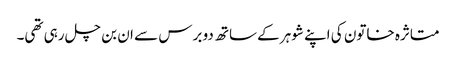
متاثرہ خاتون کی اپنے شوہر کےساتھ دو برس سے ان بن چل رہی تھی۔